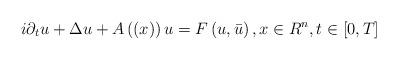
LaTeX: \begin{align*}i\partial _{t}u+\Delta u+A\left( \left( x\right) \right) u=F\left( u,\bar{u}\right) ,x\in R^{n},t\in \left[ 0,T\right] \end{align*}